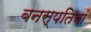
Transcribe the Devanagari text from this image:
बनस्पतियां